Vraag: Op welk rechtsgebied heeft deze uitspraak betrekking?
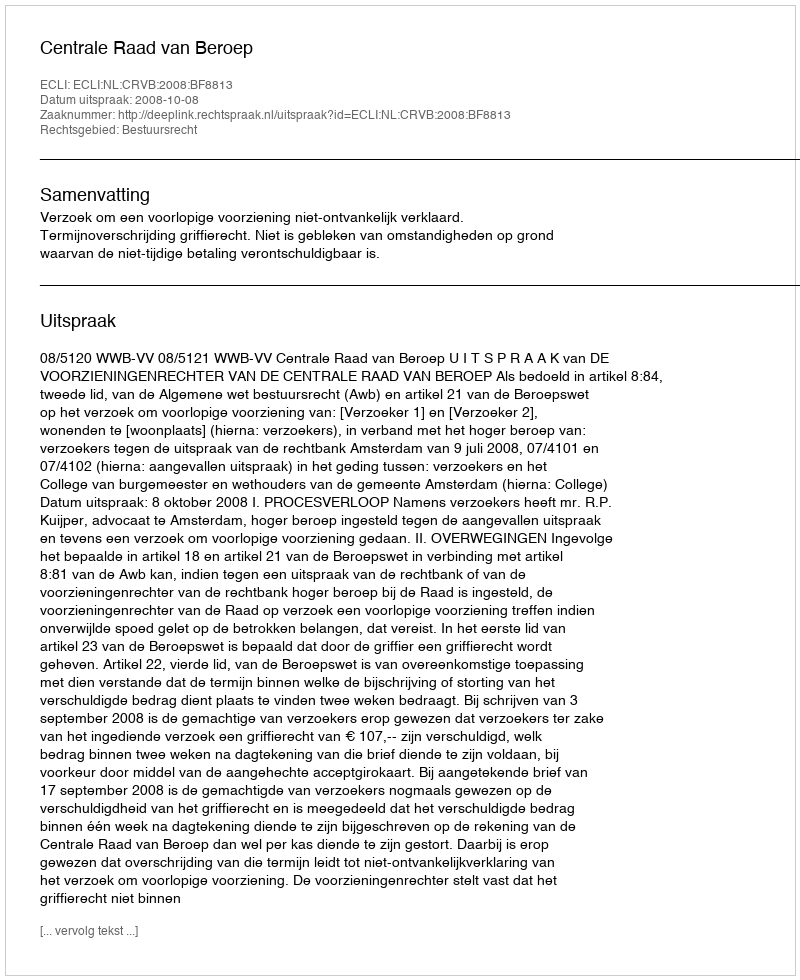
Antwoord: Bestuursrecht